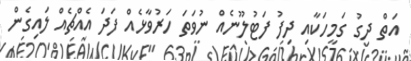
އަތް ދިގު ގަމީހަކާއި ދިފު ފަޓުލޫނެއް ނުވަތަ ހަރުވާޅެއް ފަދަ އެއްޗެއް ލައިގެން